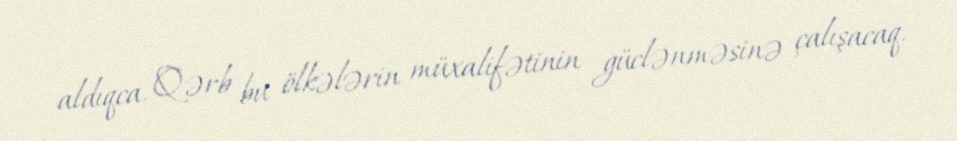
aldıqca, Qərb bu ölkələrin müxalifətinin güclənməsinə çalışacaq.